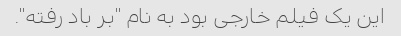
این یک فیلم خارجی بود به نام "بر باد رفته".